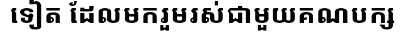
ទៀត ដែលមករួមរស់ជាមួយគណបក្ស